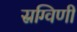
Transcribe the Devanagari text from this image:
स्रग्विणी